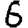
Digit: 6